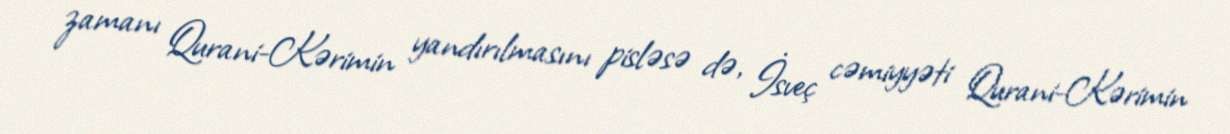
zamanı Qurani-Kərimin yandırılmasını pisləsə də, İsveç cəmiyyəti Qurani-Kərimin